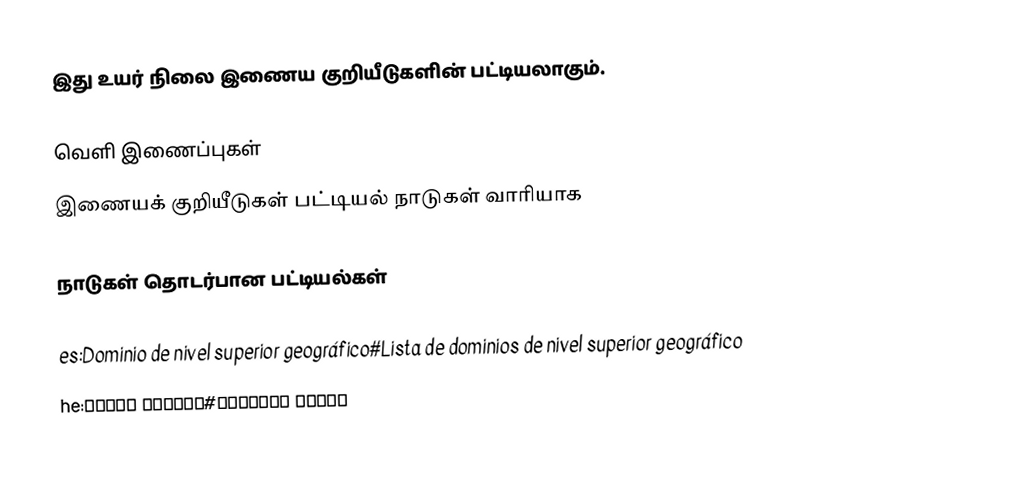
இது உயர் நிலை இணைய குறியீடுகளின் பட்டியலாகும்.

வெளி இணைப்புகள்
 இணையக் குறியீடுகள் பட்டியல் நாடுகள் வாரியாக

நாடுகள் தொடர்பான பட்டியல்கள்

es:Dominio de nivel superior geográfico#Lista de dominios de nivel superior geográfico
he:סיומת אינטרנט#סיומות מדינה